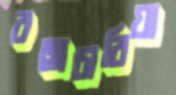
বজ্রচারিয়া